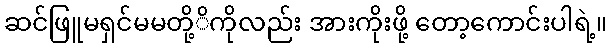
ဆင်ဖြူမရှင်မမတို့ိကိုလည်း အားကိုးဖို့ တော့ကောင်းပါရဲ့။